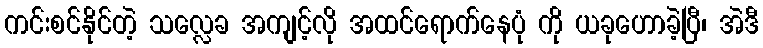
ကင်းစင်နိုင်တဲ့ သလ္လေခ အကျင့်လို အထင်ရောက်နေပုံ ကို ယခုဟောခဲ့ပြီ၊ အဲဒီ